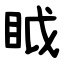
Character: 眓